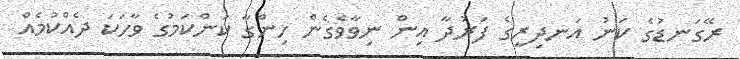
ރޭގަނޑުގެ ކަނު އަނދިރީގެ ފަރުދާ އިން ނިވާވެގެން ހިންގާ ކަންކަމުގެ ވާހަކަ ދެއްކުމެއް